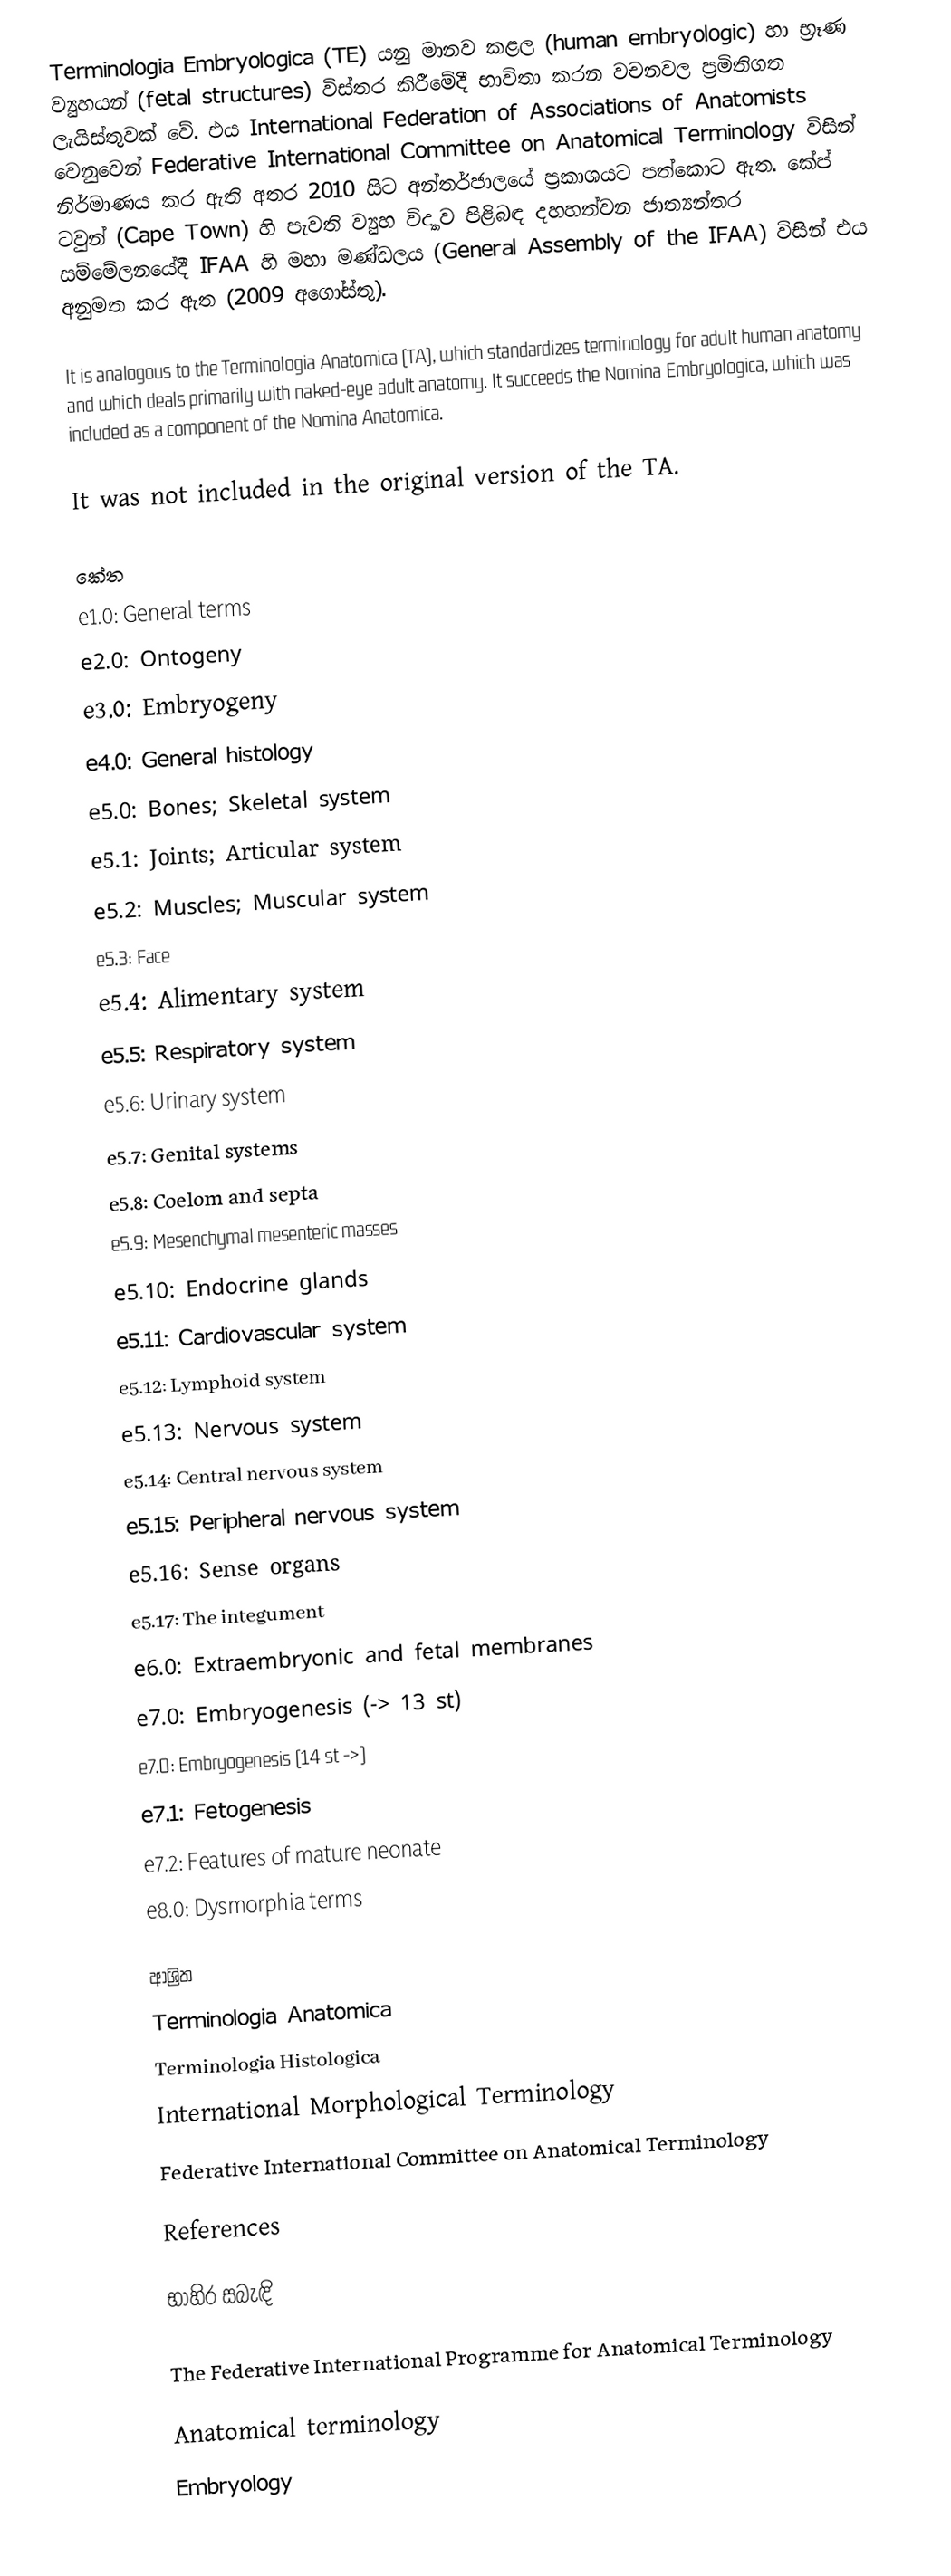
Terminologia Embryologica (TE) යනු මානව කළල (human embryologic) හා භ්‍රෑණ ව්‍යුහයන් (fetal structures) විස්තර කිරීමේදී භාවිතා කරන වචනවල ප්‍රමිතිගත ලැයිස්තුවක් වේ. එය International Federation of Associations of Anatomists වෙනුවෙන් Federative International Committee on Anatomical Terminology විසින් නිර්මාණය කර ඇති අතර 2010 සිට අන්තර්ජාලයේ ප්‍රකාශයට පත්කොට ඇත. කේප් ටවුන් (Cape Town) හි පැවති ව්‍යුහ විද්‍යාව පිළිබඳ දහහත්වන ජාත්‍යන්තර සම්මේලනයේදී IFAA හි මහා මණ්ඩලය (General Assembly of the IFAA) විසින් එය අනුමත කර ඇත (2009 අගෝස්තු).

It is analogous to the Terminologia Anatomica (TA), which standardizes terminology for adult human anatomy and which deals primarily with naked-eye adult anatomy. It succeeds the Nomina Embryologica, which was included as a component of the Nomina Anatomica.

It was not included in the original version of the TA.

කේත
 e1.0: General terms
 e2.0: Ontogeny
 e3.0: Embryogeny
 e4.0: General histology
 e5.0: Bones; Skeletal system
 e5.1: Joints; Articular system
 e5.2: Muscles; Muscular system
 e5.3: Face
 e5.4: Alimentary system
 e5.5: Respiratory system
 e5.6: Urinary system
 e5.7: Genital systems
 e5.8: Coelom and septa
 e5.9: Mesenchymal mesenteric masses
 e5.10: Endocrine glands
 e5.11: Cardiovascular system
 e5.12: Lymphoid system
 e5.13: Nervous system
 e5.14: Central nervous system
 e5.15: Peripheral nervous system
 e5.16: Sense organs
 e5.17: The integument
 e6.0: Extraembryonic and fetal membranes
 e7.0: Embryogenesis (-> 13 st)
 e7.0: Embryogenesis (14 st ->)
 e7.1: Fetogenesis
 e7.2: Features of mature neonate
 e8.0: Dysmorphia terms

ආශ්‍රිත
Terminologia Anatomica
Terminologia Histologica
International Morphological Terminology
Federative International Committee on Anatomical Terminology

References

භාහිර සබැඳි

 The Federative International Programme for Anatomical Terminology

Anatomical terminology
Embryology